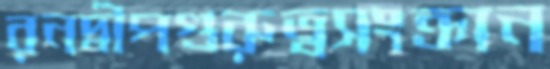
রনদ্বীপগুরুত্বসংক্রান